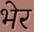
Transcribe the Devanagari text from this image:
भेर